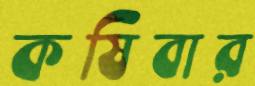
কষিবার